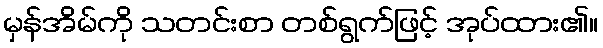
မှန်အိမ်ကို သတင်းစာ တစ်ရွက်ဖြင့် အုပ်ထား၏။